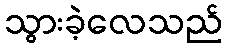
သွားခဲ့လေသည်